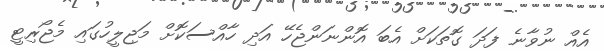
އެއް ނުވާނެ ފަދަ ގޮތަކަށް އެބަ އޮންނަންޖެހޭ އަދި ހާއްސަކޮށް މަޖިލީހުގައި މެޖޯރިޓީ